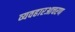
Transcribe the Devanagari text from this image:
व्यवहारआचरण